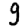
Digit: 9